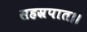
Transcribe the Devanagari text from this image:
सहस्रपात।।